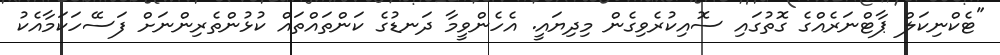
"ޓެކްނިކަލް ޕާޓްނަރެއްގެ ގޮތުގައި ސޮއިކުރެވިގެން މިދިޔައީ. އެހެންވީމާ ދަނޑުގެ ކަންތައްތައް ކުޅުންތެރިންނަށް ފަސޭހަކަމާއެކު